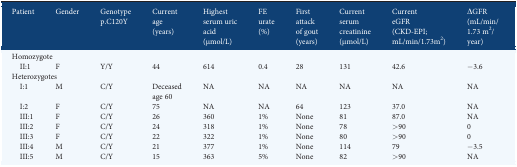
<table><thead><tr><td><b>Patient</b></td><td><b>Gender</b></td><td><b>Genotype p.C120Y</b></td><td><b>Current age (years)</b></td><td><b>Highest serum uric acid (μmol/L)</b></td><td><b>FE urate (%)</b></td><td><b>First attack of gout (years)</b></td><td><b>Current serum creatinine (μmol/L)</b></td><td><b>Current eGFR (CKD-EPI; mL/min/1.73m<sup>2</sup>)</b></td><td><b>ΔGFR (mL/min/1.73 m<sup>2</sup>/year)</b></td></tr></thead><tbody><tr><td colspan="10">Homozygote</td></tr><tr><td> II:1</td><td>F</td><td>Y/Y</td><td>44</td><td>614</td><td>0.4</td><td>28</td><td>131</td><td>42.6</td><td>−3.6</td></tr><tr><td colspan="10">Heterozygotes</td></tr><tr><td> I:1</td><td>M</td><td>C/Y</td><td>Deceased age 60</td><td>NA</td><td>NA</td><td>NA</td><td>NA</td><td>NA</td><td>NA</td></tr><tr><td> I:2</td><td>F</td><td>C/Y</td><td>75</td><td>NA</td><td>NA</td><td>64</td><td>123</td><td>37.0</td><td>NA</td></tr><tr><td> III:1</td><td>F</td><td>C/Y</td><td>26</td><td>360</td><td>1%</td><td>None</td><td>81</td><td>87.0</td><td>NA</td></tr><tr><td> III:2</td><td>F</td><td>C/Y</td><td>24</td><td>318</td><td>1%</td><td>None</td><td>78</td><td>&gt;90</td><td>0</td></tr><tr><td> III:3</td><td>F</td><td>C/Y</td><td>22</td><td>322</td><td>1%</td><td>None</td><td>80</td><td>&gt;90</td><td>0</td></tr><tr><td> III:4</td><td>M</td><td>C/Y</td><td>21</td><td>377</td><td>1%</td><td>None</td><td>114</td><td>79</td><td>−3.5</td></tr><tr><td> III:5</td><td>M</td><td>C/Y</td><td>15</td><td>363</td><td>5%</td><td>None</td><td>82</td><td>&gt;90</td><td>NA</td></tr></tbody></table>